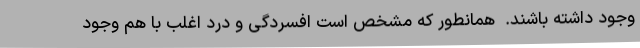
وجود داشته باشند.  همانطور که مشخص است افسردگی و درد اغلب با هم وجود